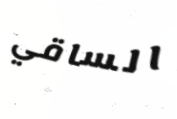
الساقي